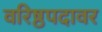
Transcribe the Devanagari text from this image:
वरिष्ठपदावर